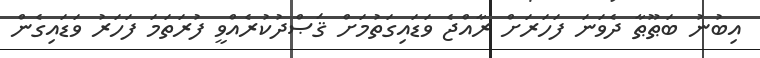
އިބުނު ބަޠޫޠާ ދެވަނަ ފަހަރަށް ރާއްޖެ ވަޑައިގަތުމަށް ޤަޞްދުކުރެއްވީ ފުރަތަމަ ފަހަރު ވަޑައިގެން